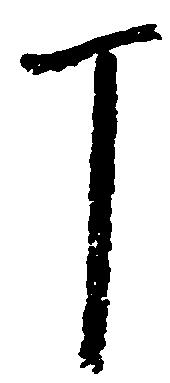
丁